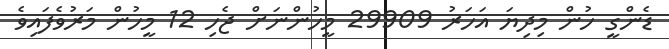
ޑެންގީ ހުން މިދިޔަ އަހަރު 29909 މީހުންނަށް ޖެހި 12 މީހުން މަރުވެފައިވެ